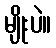
မျိုးပဲ။